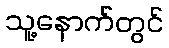
သူ့နောက်တွင်